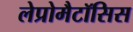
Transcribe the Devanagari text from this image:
लेप्रोमैटॉसिस